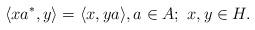
LaTeX: \begin{align*}\langle xa^*,y \rangle = \langle x,ya \rangle,a \in {A}; \ x,y \in H.\end{align*}